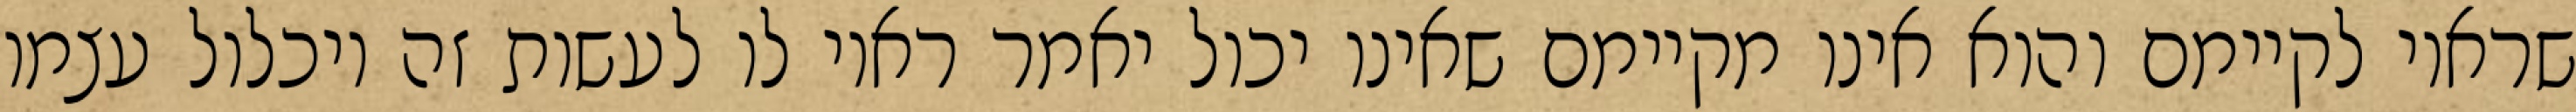
שראוי לקיימם והוא אינו מקיימם שאינו יכול יאמר ראוי לו לעשות זה ויכלול עצמו